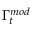
\Gamma _ { t } ^ { m o d }